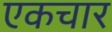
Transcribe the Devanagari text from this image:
एकचार